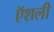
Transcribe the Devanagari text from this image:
ऍशली